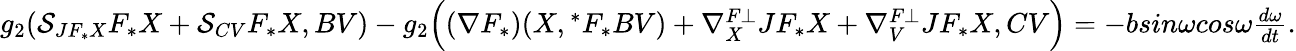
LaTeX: \begin{array}{ll}{g_{2}(\mathcal{S}_{JF_{\ast}X}F_{\ast}X+\mathcal{S}_{CV}F_{\ast}X,BV)-g_{2}\Big((\nabla F_{\ast})(X,{^\ast}F_{\ast}BV)+\nabla_{X}^{F\bot}JF_{\ast}X+\nabla_{V}^{F\bot}JF_{\ast}X,CV\Big)=-bsin\omega cos\omega\frac{d\omega}{dt}.}\end{array}